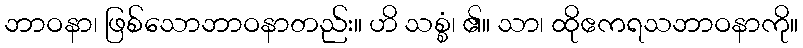
ဘာဝနာ၊ ဖြစ်သောဘာဝနာတည်း။ ဟိ သစ္စံ၊ ၏။ သာ၊ ထိုဧကရသဘာဝနာကို။